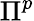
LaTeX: \Pi^{p}